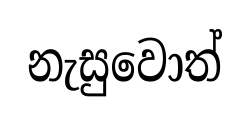
නැසුවොත්